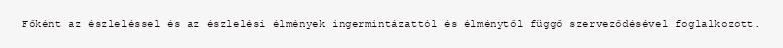
Főként az észleléssel és az észlelési élmények ingermintázattól és élménytől függő szerveződésével foglalkozott.